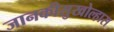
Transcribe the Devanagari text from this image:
जानकीसुखोल्हास